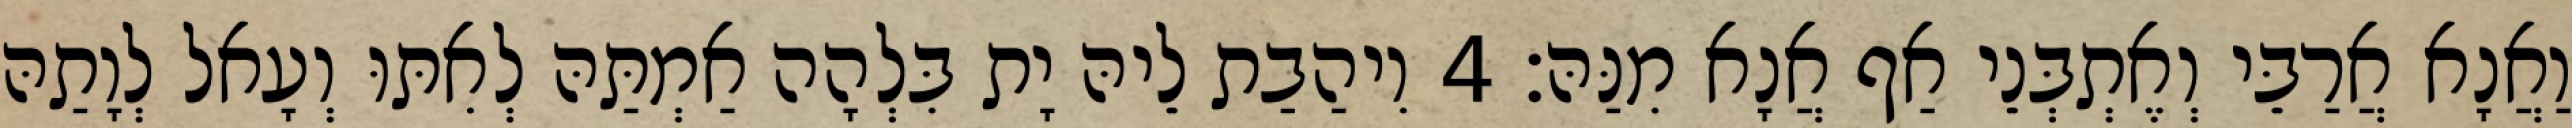
וַאֲנָא אֲרַבֵּי וְאֶתְבְּנֵי אַף אֲנָא מִנַּהּ׃ 4 וִיהַבַת לֵיהּ יָת בִּלְהָה אַמְתַּהּ לְאִתּוּ וְעָאל לְוָתַהּ